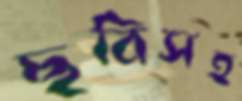
ছবিসহ